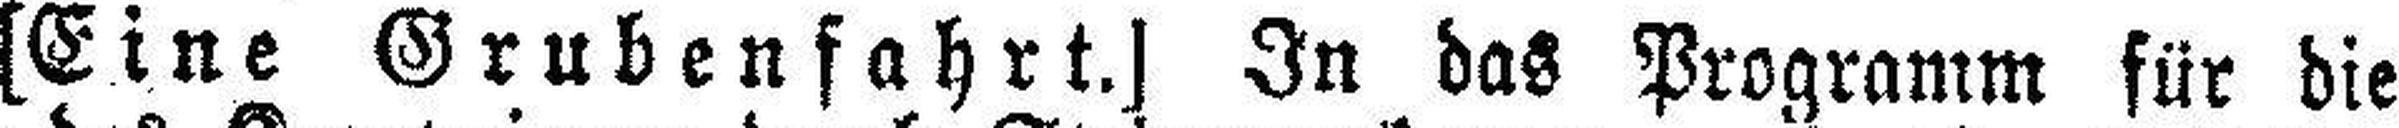
[Eine Grubenfahrt.] In das Programm für die